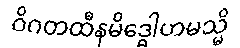
ဝိဂတထီနမိဒ္ဓေါဟမသ္မိ